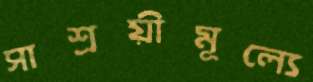
সাশ্রয়ীমূল্যে